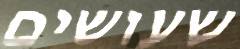
שעושים